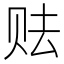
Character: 𱑥